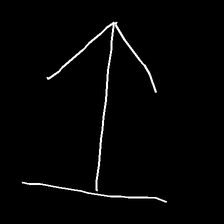
Glyph: levitation